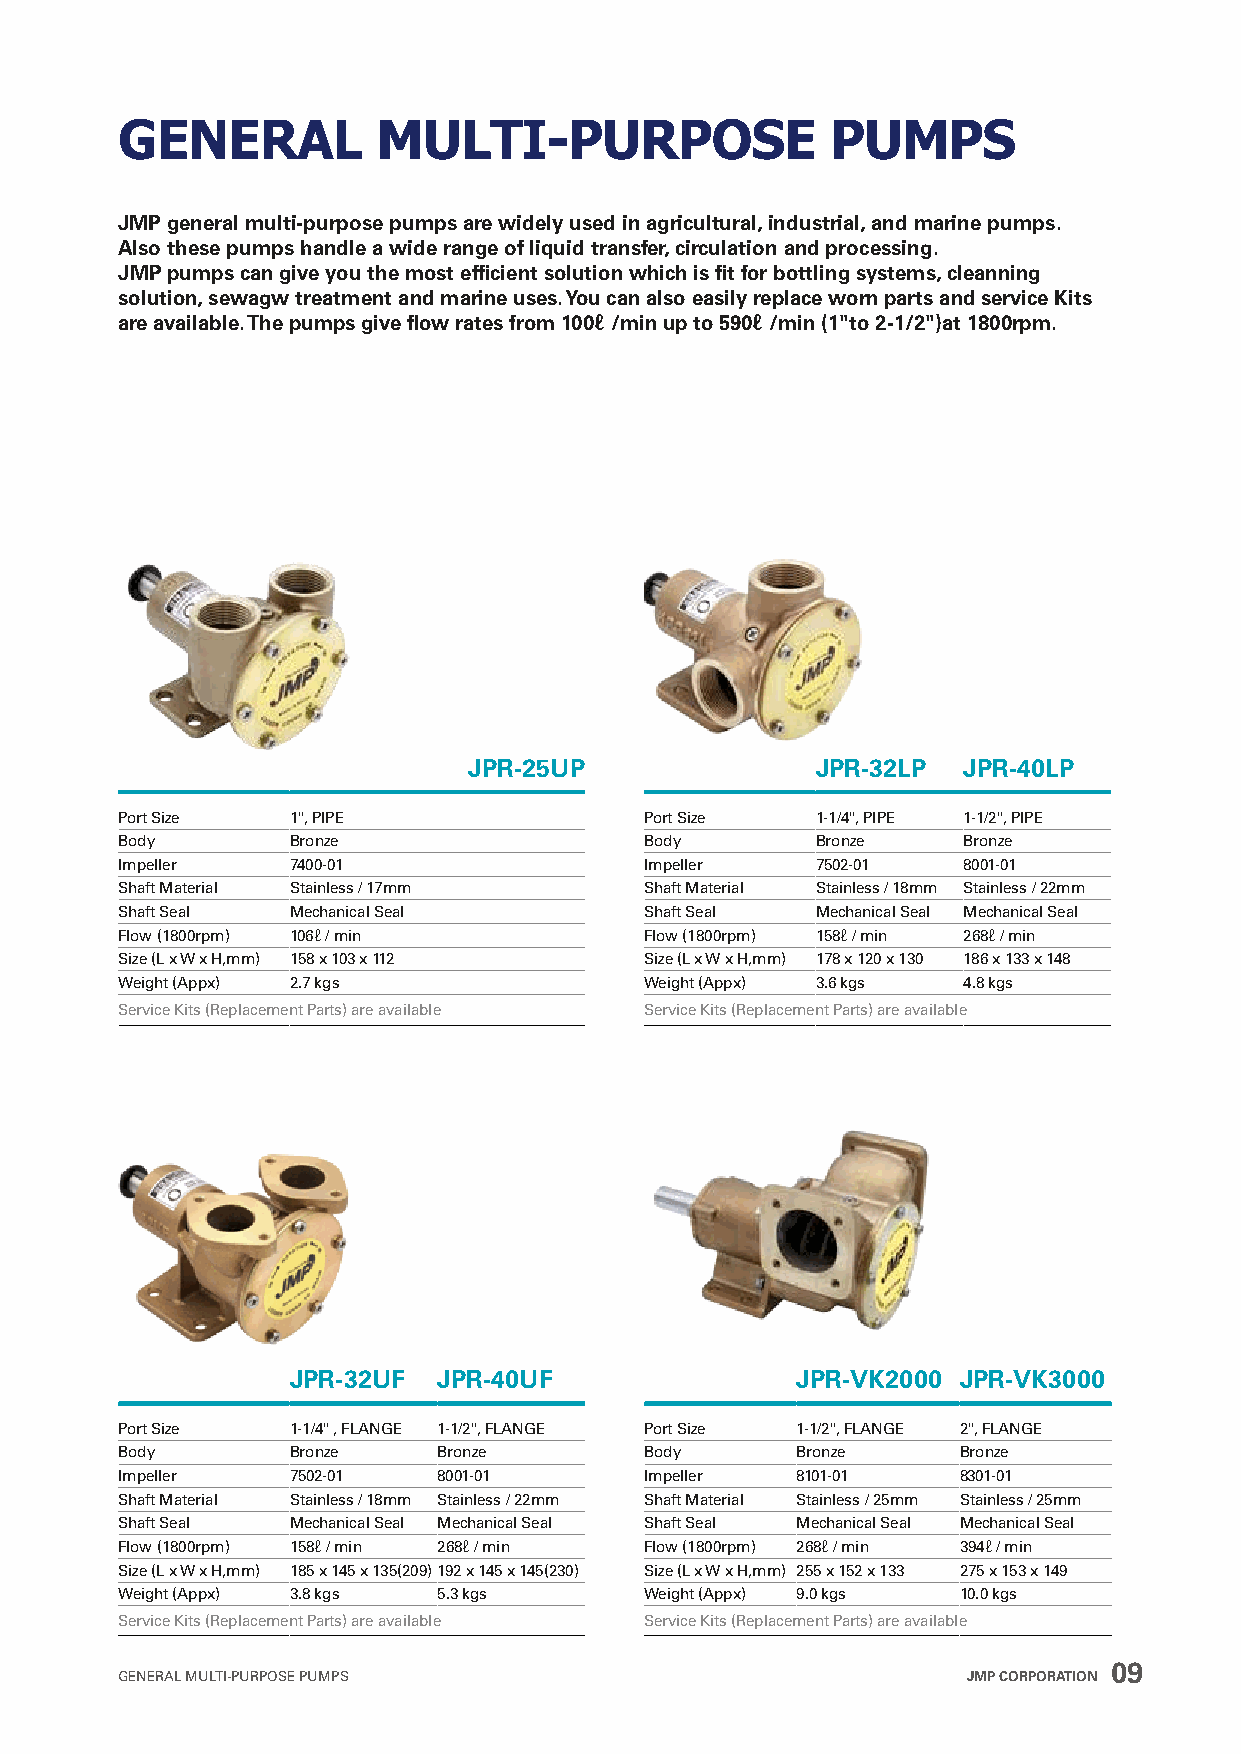
GENERAL          MULTI-PURPOSE                 PUMPS
 JMP general multi-purpose pumps are widely used in agricultural, industrial, and marine pumps.
 Also these pumps handle a wide range of liquid transfer, circulation and processing.
 JMP pumps can give you the most efficient solution which is fit for bottling systems, cleanning
 solution, sewagw treatment and marine uses. You can also easily replace worn parts and service Kits
 are available. The pumps give flow rates from 100ℓ /min up to 590ℓ /min (1"to 2-1/2")at 1800rpm.
 JPR-25UP               JPR-32LP  JPR-40LP
 Port Size  1", PIPE                Port Size  1-1/4", PIPE 1-1/2", PIPE
 Body       Bronze                  Body       Bronze    Bronze
 Impeller   7400-01                 Impeller   7502-01   8001-01
 Shaft Material Stainless / 17mm    Shaft Material Stainless / 18mm Stainless / 22mm
 Shaft Seal Mechanical Seal         Shaft Seal Mechanical Seal Mechanical Seal
 Flow (1800rpm) 106ℓ / min          Flow (1800rpm) 158ℓ / min 268ℓ / min
 Size (L x W x H,mm) 158 x 103 x 112 Size (L x W x H,mm) 178 x 120 x 130 186 x 133 x 148
 Weight (Appx) 2.7 kgs              Weight (Appx) 3.6 kgs 4.8 kgs
 Service Kits (Replacement Parts) are available Service Kits (Replacement Parts) are available
 JPR-32UF  JPR-40UF                JPR-VK2000 JPR-VK3000
 Port Size  1-1/4" , FLANGE 1-1/2", FLANGE Port Size 1-1/2", FLANGE 2", FLANGE
 Body       Bronze    Bronze        Body      Bronze    Bronze
 Impeller   7502-01   8001-01       Impeller  8101-01   8301-01
 Shaft Material Stainless / 18mm Stainless / 22mm Shaft Material Stainless / 25mm Stainless / 25mm
 Shaft Seal Mechanical Seal Mechanical Seal Shaft Seal Mechanical Seal Mechanical Seal
 Flow (1800rpm) 158ℓ / min 268ℓ / min Flow (1800rpm) 268ℓ / min 394ℓ / min
 Size (L x W x H,mm) 185 x 145 x 135(209)192 x 145 x 145(230) Size (L x W x H,mm) 255 x 152 x 133 275 x 153 x 149
 Weight (Appx) 3.8 kgs 5.3 kgs      Weight (Appx) 9.0 kgs 10.0 kgs
 Service Kits (Replacement Parts) are available Service Kits (Replacement Parts) are available
 09
 GENERAL MULTI-PURPOSE PUMPS                             JMP CORPORATION